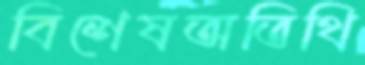
বিশেষঅতিথি